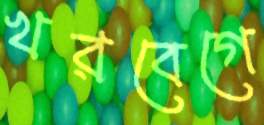
খরবেগে